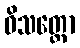
ဝိသတ္တော